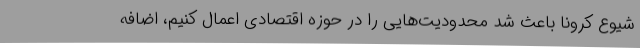
شیوع کرونا باعث شد محدودیت‌هایی را در حوزه اقتصادی اعمال کنیم، اضافه